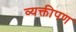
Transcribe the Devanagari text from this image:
व्यक्तीपण